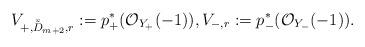
LaTeX: \begin{align*}V_{+,\bar{\tilde D}_{m+2},r}:=p^*_+(\mathcal O_{Y_+}(-1)), V_{-,r}:=p^*_-(\mathcal O_{Y_-}(-1)).\end{align*}